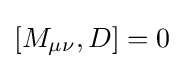
[M_{\mu \nu },D]=0